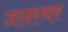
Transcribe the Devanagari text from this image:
जलस्थर